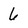
Character: 6